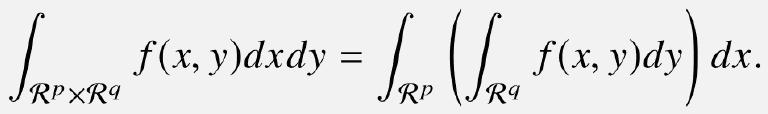
\[
\int_{\mathcal{R}^p\times\mathcal{R}^q} f(x, y)dxdy = \int_{\mathcal{R}^p} \left(\int_{\mathcal{R}^q} f(x, y)dy\right) dx.
\]